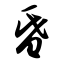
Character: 昏